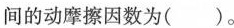
间的动摩擦因数为( )。